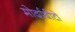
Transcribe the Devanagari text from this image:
मोर्दाबीटो